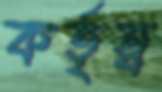
কর্তৃত্ব